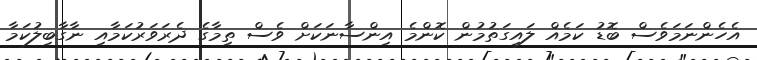
އެހެންނަމަވެސް ބޮޑު ކަމެއް ލައިގަތުމުން ކޮންމެ އިންސާނަކަށް ވެސް ތިމާގެ ދެރަވަރުކަމާއި ނާގާބިލުކަމާ